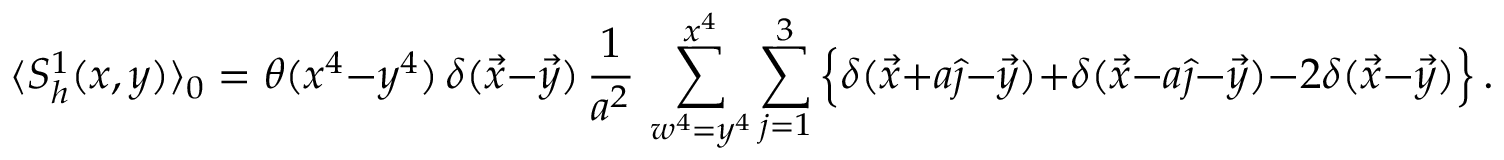
\langle S _ { h } ^ { 1 } ( x , y ) \rangle _ { 0 } = \theta ( x ^ { 4 } - y ^ { 4 } ) \, \delta ( \vec { x } - \vec { y } \/ ) \, { \frac { 1 } { a ^ { 2 } } } \, \sum _ { w ^ { 4 } = y ^ { 4 } } ^ { x ^ { 4 } } \sum _ { j = 1 } ^ { 3 } \Big \{ \delta ( \vec { x } + a \hat { \jmath } - \vec { y } \/ ) + \delta ( \vec { x } - a \hat { \jmath } - \vec { y } \/ ) - 2 \delta ( \vec { x } - \vec { y } \/ ) \Big \} \, .